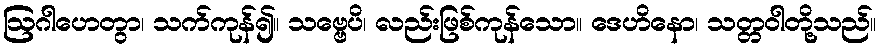
ဩဂါဟေတွာ၊ သက်ကုန်၍။ သဗ္ဗေပိ၊ လည်းဖြစ်ကုန်သော။ ဒေဟိနော၊ သတ္တဝါတို့သည်။